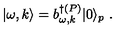
| \omega , k \rangle = b _ { \omega , k } ^ { \dagger ( P ) } | 0 \rangle _ { p } \ .